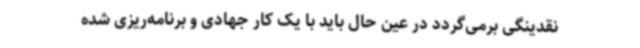
نقدینگی برمی‌گردد در عین حال باید با یک کار جهادی و برنامه‌ریزی شده